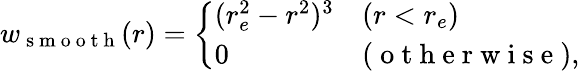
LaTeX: \begin{array}{r}{w_{\mathrm{~s~m~o~o~t~h~}}(r)=\left\{ \begin{array}{ll}{(r_{e}^{2}-r^{2})^{3}}&{(r<r_{e})}\\ {0}&{(\mathrm{~o~t~h~e~r~w~i~s~e~}),}\end{array}\right.}\end{array}